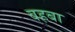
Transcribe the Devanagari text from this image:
वहबा